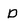
Character: D